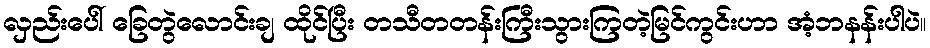
လှည်းပေါ် ခြေတွဲလောင်းချ ထိုင်ပြီး တသီတတန်းကြီးသွားကြတဲ့မြင်ကွင်းဟာ အံ့ဘနန်းပါပဲ။